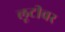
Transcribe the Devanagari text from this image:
लूटीवर